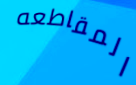
المقاطعه